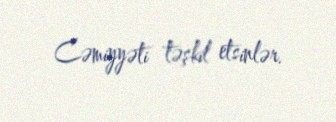
Cəmiyyəti təşkil etsinlər.